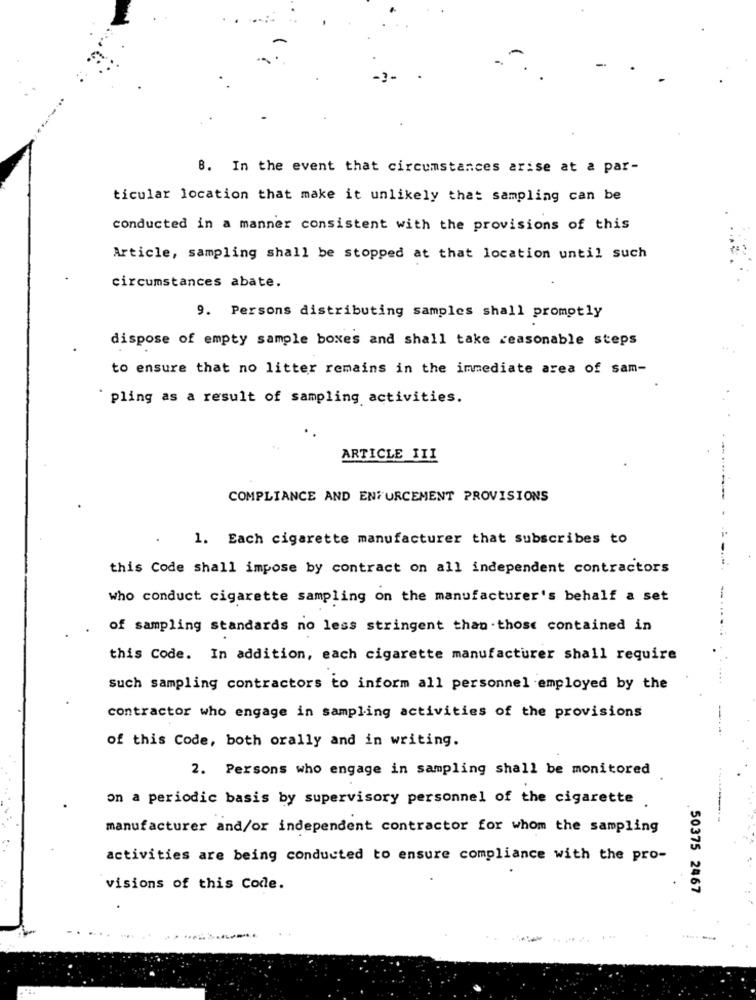
8. In the event that circumstances arise at a par-
ticular location that make it unlikely that sampling can be
conducted in a manner consistent with the provisions of this
Article, sampling shall be stopped at that location until such
circumstances abate.
9. Persons distributing samples shall promptly
dispose of empty sample boxes and shall take reasonable steps
to ensure that no litter remains in the immediate area of sam-
` pling as a result of sampling activities.
. ..
ARTICLE III
COMPLIANCE AND ENFURCEMENT PROVISIONS
1. Each cigarette manufacturer that subscribes to
this Code shall impose by contract on all independent contractors
who conduct cigarette sampling on the manufacturer's behalf a set
of sampling standards no less stringent than .those contained in
this Code. In addition, each cigarette manufacturer shall require
Such sampling contractors to inform all personnel employed by the
contractor who engage in sampling activities of the provisions
of this Code, both orally and in writing.
2. Persons who engage in sampling shall be monitored
on a periodic basis by supervisory personnel of the cigarette
manufacturer and/or independent contractor for whom the sampling
activities are being conducted to ensure compliance with the pro-
visions of this Code.
.50375 2467
. 2.